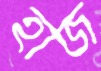
হাজ